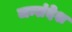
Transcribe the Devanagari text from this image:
जन्संदेश